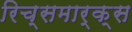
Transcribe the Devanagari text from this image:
रिच्समार्क्स